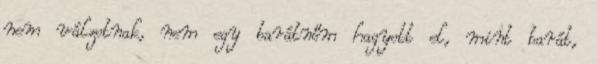
nem válzotnak, nem egy barátnőm hagyott el, mint barát,